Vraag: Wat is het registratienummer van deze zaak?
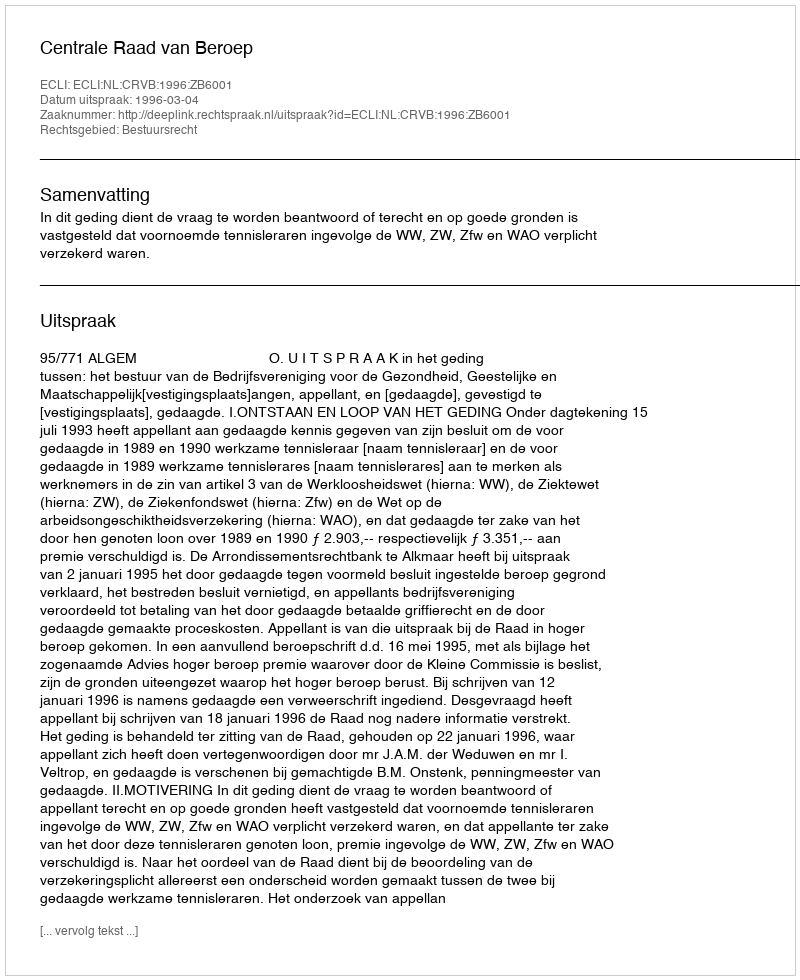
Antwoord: http://deeplink.rechtspraak.nl/uitspraak?id=ECLI:NL:CRVB:1996:ZB6001